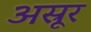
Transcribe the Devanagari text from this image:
अस्रूर